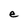
Character: e